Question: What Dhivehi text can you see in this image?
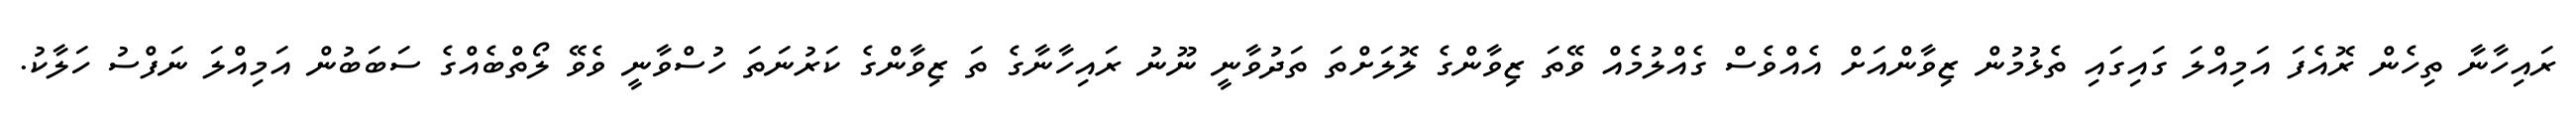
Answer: ރައިހާނާ ތިހެން ރޮއެފަ އަމިއްލަ ގައިގައި ތެޅުމުން ޒިވާންއަށް އެއްވެސް ގެއްލުމެއް ވޭތަ ޒިވާންގެ ލޮލަށްތަ ތަދުވާނީ ނޫނު ރައިހާނާގެ ތަ ޒިވާންގެ ކަރުނަތަ ހުސްވާނީ ވެވޭ ލޯތްބެއްގެ ސަބަބުން އަމިއްލަ ނަފްސު ހަލާކު.